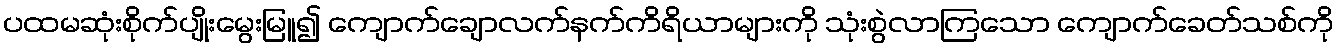
ပထမဆုံးစိုက်ပျိုးမွေးမြူ၍ ကျောက်ချောလက်နက်ကိရိယာများကို သုံးစွဲလာကြသော ကျောက်ခေတ်သစ်ကို